Indian journal of veterinary science and animal husbandry - Volume 1,
Year: 1931
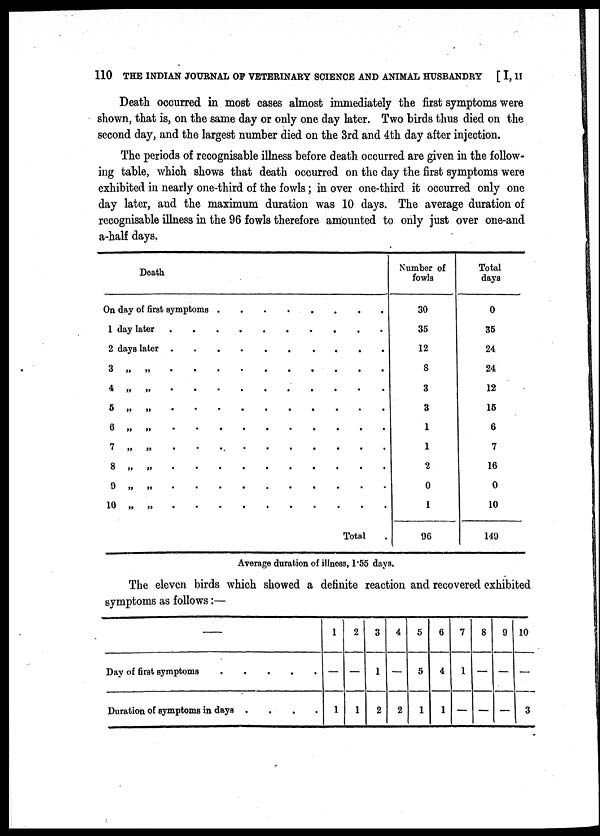
110 THE INDIAN JOURNAL OF VETERINARY SCIENCE AND ANIMAL HUSBANDRY [ I, II
Death occurred in most cases almost immediately the first symptoms were
shown, that is, on the same day or only one day later. Two birds thus died on the
second day, and the largest number died on the 3rd and 4th day after injection.
The periods of recognisable illness before death occurred are given in the follow-
ing table, which shows that death occurred on the day the first symptoms were
exhibited in nearly one-third of the fowls; in over one-third it occurred only one
day later, and the maximum duration was 10 days. The average duration of
recognisable illness in the 96 fowls therefore amounted to only just over one-and
a-half days.
Death
On day of first symptoms .
1 day later
2 days later
3 „
4 „
5 „
6 „
7 „
8 „
9 „
10 „
.....
.....
.....
.....
.....
.....
.....
.....
.....
.....
.
.
.
.
.
.
.
.
.
.
.
Total
Number of
fowls
30
35
12
8
3
3
1
1
2
0
1
96
Total
days
0
35
24
24
12
15
6
7
16
0
10
149
Average duration of illness, 1.55 days.
The eleven birds which showed a definite reaction and recovered exhibited
symptoms as follows:—
—
Day of first symptoms
Duration of symptoms in days
....
1
—
1
2
—
1
3
1
2
4
—
2
5
5
1
6
4
1
7
1
-
8
—
—
9
—
—
10
—
3